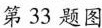
第33题图